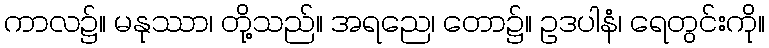
ကာလ၌။ မနုဿာ၊ တို့သည်။ အရညေ၊ တော၌။ ဥဒပါနံ၊ ရေတွင်းကို။